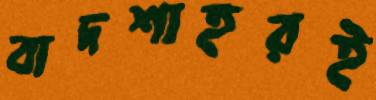
বাদশাহরই